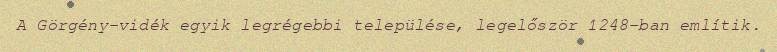
A Görgény-vidék egyik legrégebbi települése, legelőször 1248-ban említik.